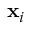
\mathbf { x } _ { i }